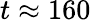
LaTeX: t\approx 160